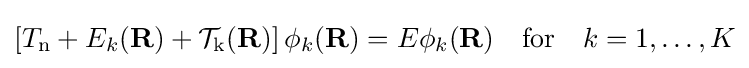
\left[T_{\mathrm {n} }+E_{k}(\mathbf {R} )+{\mathcal {T}}_{\mathrm {k} }(\mathbf {R} )\right]\phi _{k}(\mathbf {R} )=E\phi _{k}(\mathbf {R} )\quad {\text{for}}\quad k=1,\ldots ,K